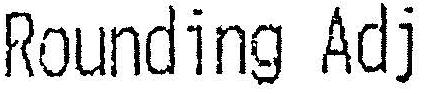
ROUNDING ADJ